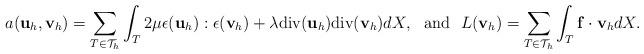
LaTeX: \begin{align*}a(\mathbf{ u}_h,\mathbf{ v}_h) = \sum_{T\in\mathcal{T}_h} \int_T 2\mu \epsilon(\mathbf{ u}_h):\epsilon(\mathbf{ v}_h) + \lambda \textrm{div}(\mathbf{ u}_h)\textrm{div}(\mathbf{ v}_h) dX, ~~ \textrm{and} ~~ L(\mathbf{ v}_h) =\sum_{T\in\mathcal{T}_h} \int_{T} \mathbf{ f}\cdot\mathbf{ v}_h dX.\end{align*}